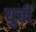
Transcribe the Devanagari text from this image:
युची